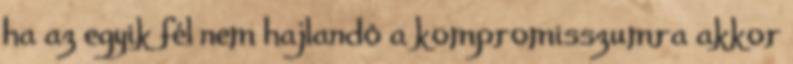
ha az egyik fél nem hajlandó a kompromisszumra akkor